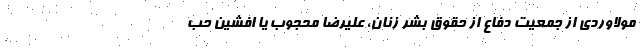
مولاوردی از جمعیت دفاع از حقوق بشر زنان، علیرضا محجوب یا افشین حب